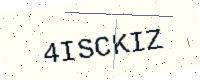
Text: 4ISCKIZ